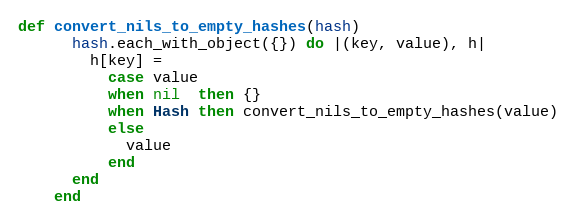
Language: Ruby
def convert_nils_to_empty_hashes(hash)
      hash.each_with_object({}) do |(key, value), h|
        h[key] =
          case value
          when nil  then {}
          when Hash then convert_nils_to_empty_hashes(value)
          else
            value
          end
      end
    end